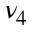
\nu _ { 4 }